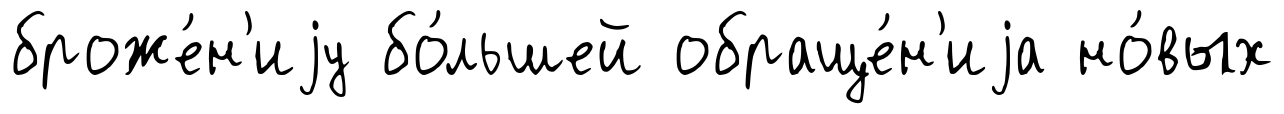
броже́н'иjу бо́льшей обраще́н'иjа но́вых